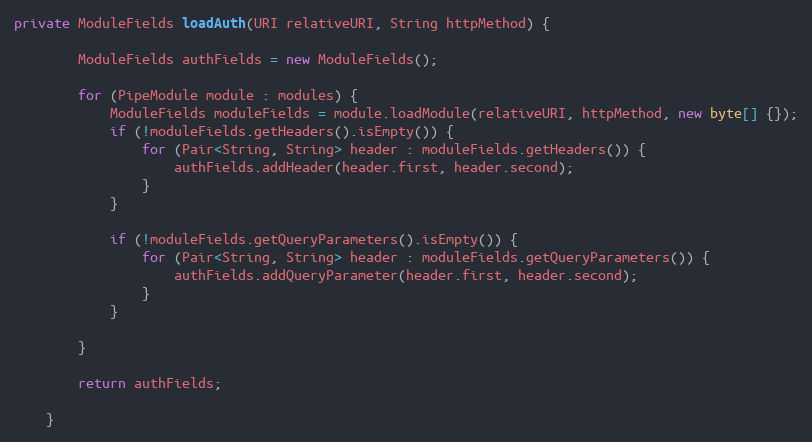
Language: Java
private ModuleFields loadAuth(URI relativeURI, String httpMethod) {

        ModuleFields authFields = new ModuleFields();

        for (PipeModule module : modules) {
            ModuleFields moduleFields = module.loadModule(relativeURI, httpMethod, new byte[] {});
            if (!moduleFields.getHeaders().isEmpty()) {
                for (Pair<String, String> header : moduleFields.getHeaders()) {
                    authFields.addHeader(header.first, header.second);
                }
            }

            if (!moduleFields.getQueryParameters().isEmpty()) {
                for (Pair<String, String> header : moduleFields.getQueryParameters()) {
                    authFields.addQueryParameter(header.first, header.second);
                }
            }

        }

        return authFields;

    }